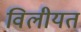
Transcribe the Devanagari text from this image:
विलीयत